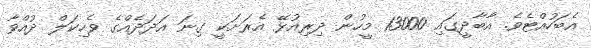
އެބަހުއްޓެވެ. އާބާދީގައި 13000 މީހުން ދިރިއުޅޭ އެރަށަކީ ގިނަ އަދަދެއްގެ ވެހިކަލް ދުއްވާ